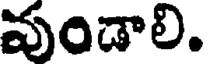
వుండాలి.